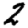
Digit: 2